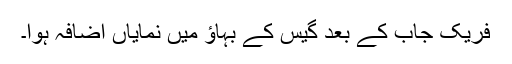
فریک جاب کے بعد گیس کے بہاﺅ میں نمایاں اضافہ ہوا۔